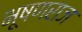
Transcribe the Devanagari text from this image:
भूषणराज